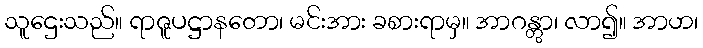
သူဌေးသည်။ ရာဇူပဋ္ဌာနတော၊ မင်းအား ခစားရာမှ။ အာဂန္တွာ၊ လာ၍။ အာဟ၊